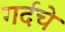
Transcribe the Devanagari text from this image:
गर्दचे